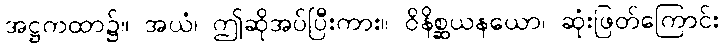
အဋ္ဌကထာ၌။ အယံ၊ ဤဆိုအပ်ပြီးကား။ ဝိနိစ္ဆယနယော၊ ဆုံးဖြတ်ကြောင်း